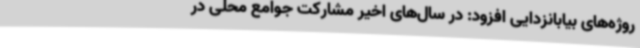
روژه‌های بیابانزدایی افزود: در سال‌های اخیر مشارکت جوامع محلی در